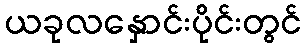
ယခုလနှောင်းပိုင်းတွင်